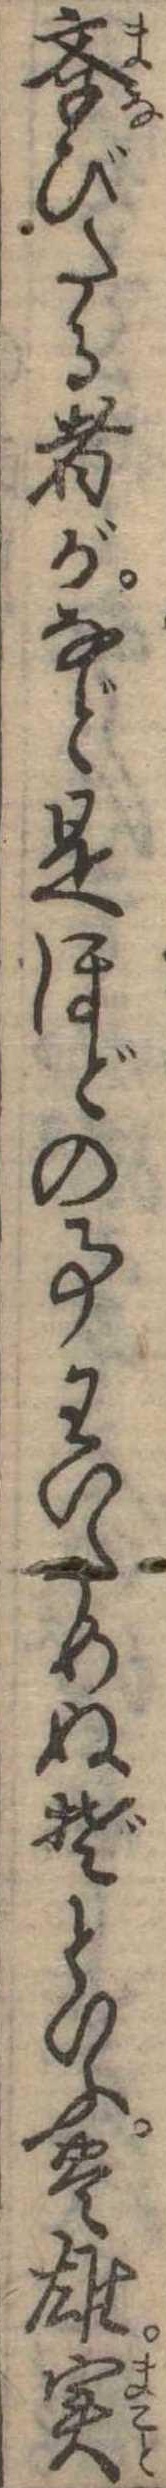
学びたる者がなど是ほどの事わいためぬぞといふ豊雄実